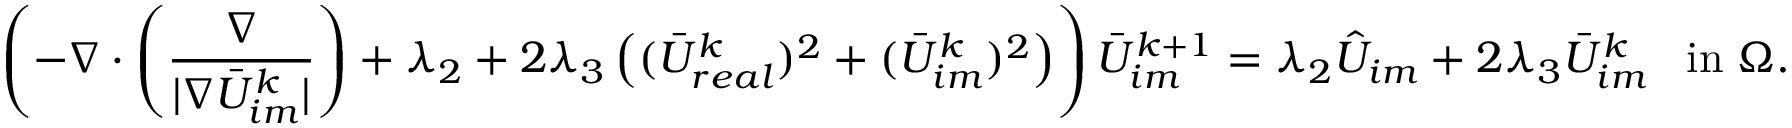
\left( - \nabla \cdot \left( \frac { \nabla } { | \nabla \bar { U } _ { i m } ^ { k } | } \right) + \lambda _ { 2 } + 2 \lambda _ { 3 } \left( ( \bar { U } _ { r e a l } ^ { k } ) ^ { 2 } + ( \bar { U } _ { i m } ^ { k } ) ^ { 2 } \right) \right) \bar { U } _ { i m } ^ { k + 1 } = \lambda _ { 2 } \hat { U } _ { i m } + 2 \lambda _ { 3 } \bar { U } _ { i m } ^ { k } \; \; \; \mathrm { i n } \; \Omega .